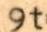
9t